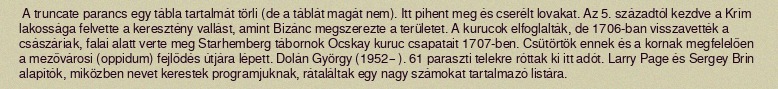
A truncate parancs egy tábla tartalmát törli (de a táblát magát nem). Itt pihent meg és cserélt lovakat. Az 5. századtól kezdve a Krím lakossága felvette a keresztény vallást, amint Bizánc megszerezte a területet. A kurucok elfoglalták, de 1706-ban visszavették a császáriak, falai alatt verte meg Starhemberg tábornok Ocskay kuruc csapatait 1707-ben. Csütörtök ennek és a kornak megfelelően a mezővárosi (oppidum) fejlődés útjára lépett. Dolán György (1952– ). 61 paraszti telekre róttak ki itt adót. Larry Page és Sergey Brin alapítók, miközben nevet kerestek programjuknak, rátaláltak egy nagy számokat tartalmazó listára.